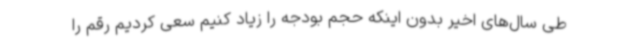
طی سال‌های اخیر بدون اینکه حجم بودجه را زیاد کنیم سعی کردیم رقم را